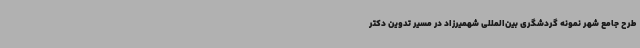
طرح جامع شهر نمونه گردشگری بین‌المللی شهمیرزاد در مسیر تدوین دکتر